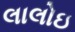
લાલોઇ